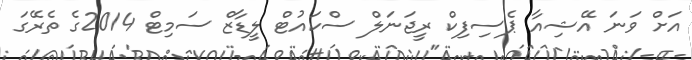
އަށް ވަނަ އޭޝިއާ ޕެސިފިކް ރީޖަނަލް ސްކައުޓް ލީޑާޒް ސަމިޓް 2014ގެ ތެރޭގަ